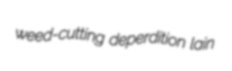
weed-cutting deperdition lain